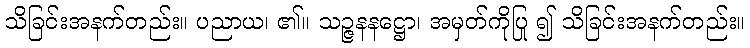
သိခြင်းအနက်တည်း။ ပညာယ၊ ၏။ သဉ္ဇနနဋ္ဌော၊ အမှတ်ကိုပြု ၍ သိခြင်းအနက်တည်း။